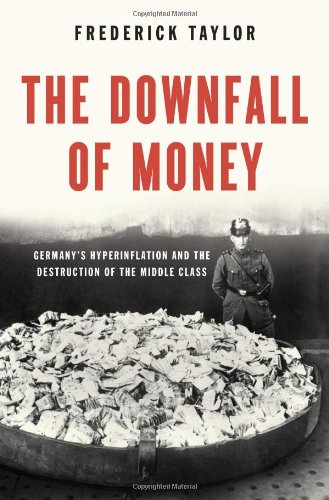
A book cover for The Downfall of Money: Germany's Hyperinflation and the Destruction of the Middle Class; Frederick Taylor; Business & Money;